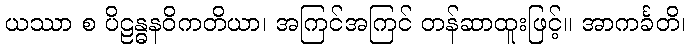
ယဿာ စ ပိဠန္ဓနဝိကတိယာ၊ အကြင်အကြင် တန်ဆာထူးဖြင့်။ အာကင်္ခတိ၊